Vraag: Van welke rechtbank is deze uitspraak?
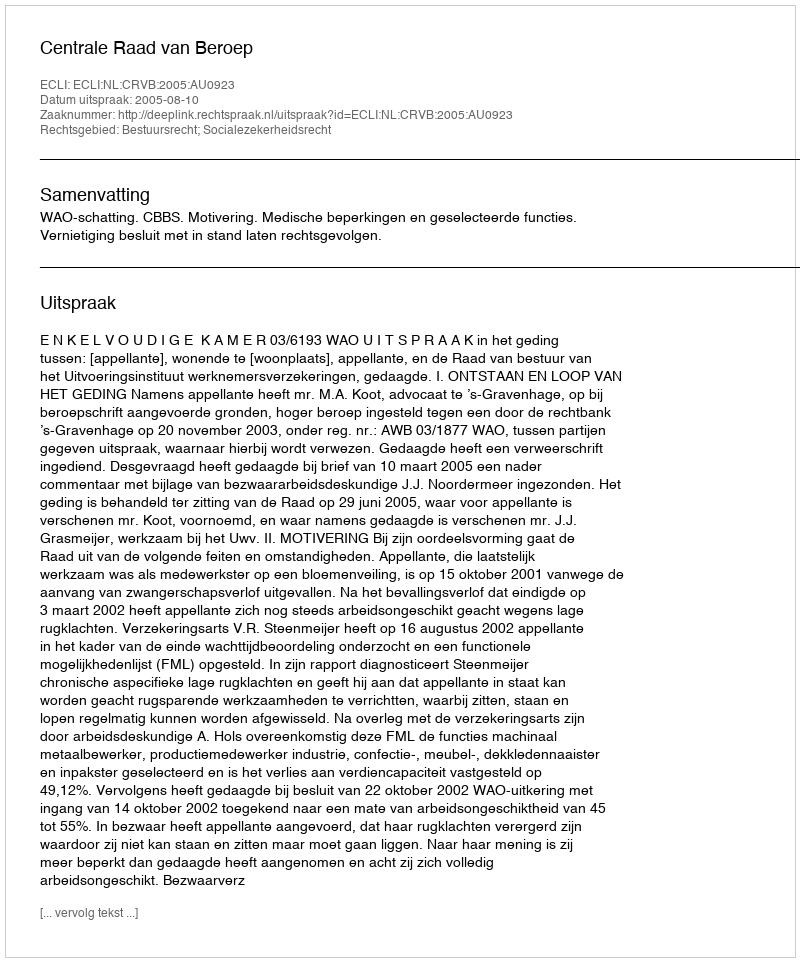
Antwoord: Centrale Raad van Beroep